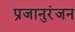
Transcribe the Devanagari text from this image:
प्रजानुरंजन